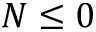
N \leq 0